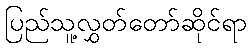
ပြည်သူ့လွှတ်တော်ဆိုင်ရာ